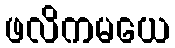
ဖလိကမယေ